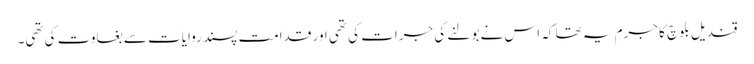
قندیل بلوچ کا جرم یہ تھا کہ اس نے بولنے کی جرات کی تھی اور قدامت پسند روایات سے بغاوت کی تھی۔